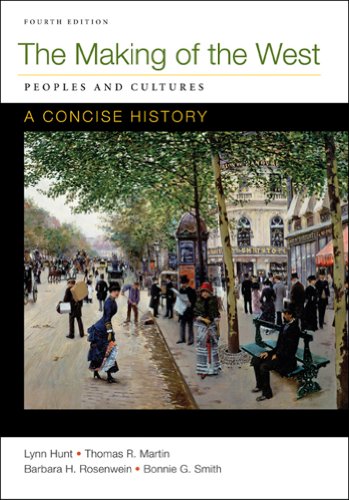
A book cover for Making of the West: A Concise History, Combined Volume: Peoples and Cultures; Lynn Hunt; History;